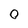
Character: 0